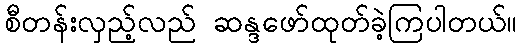
စီတန်းလှည့်လည် ဆန္ဒဖော်ထုတ်ခဲ့ကြပါတယ်။